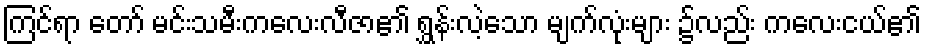
ကြင်ရာ တော် မင်းသမီးကလေးလီဇာ၏ ရွှန်းလဲ့သော မျက်လုံးများ ၌လည်း ကလေးငယ်၏